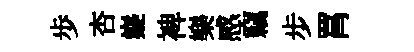
歩杏嶷裨樂感竊步罥